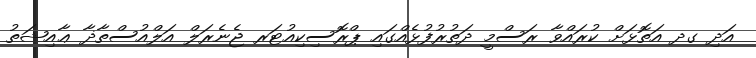
އަދި ގދ އަތޮޅަށް ކުރައްވާ ރަސްމީ ދަތުރުފުޅެއްގައި ޕްރޮސިކިއުޓަރ ޖެނެރަލް އަލްއުސްތާޛާ ޢާއިޝަތު